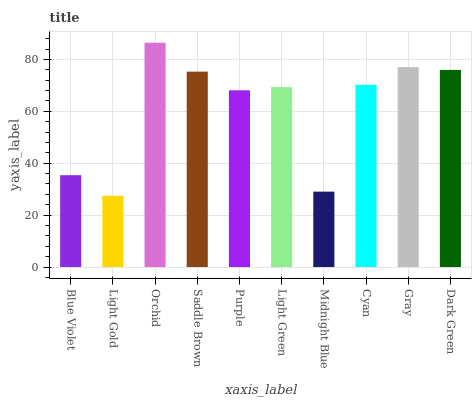
| xaxis_label | bars |
 | --- | --- |
 | Blue Violet | 35.4 |
 | Light Gold | 27.5 |
 | Orchid | 86.4 |
 | Saddle Brown | 75.3 |
 | Purple | 68.1 |
 | Light Green | 69.3 |
 | Midnight Blue | 29.1 |
 | Cyan | 70.2 |
 | Gray | 77 |
 | Dark Green | 75.9 |